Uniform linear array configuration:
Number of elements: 16
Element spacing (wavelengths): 0.25
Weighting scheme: uniform
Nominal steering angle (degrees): -45
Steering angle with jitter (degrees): -45.611
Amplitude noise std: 0.05
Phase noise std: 0.05

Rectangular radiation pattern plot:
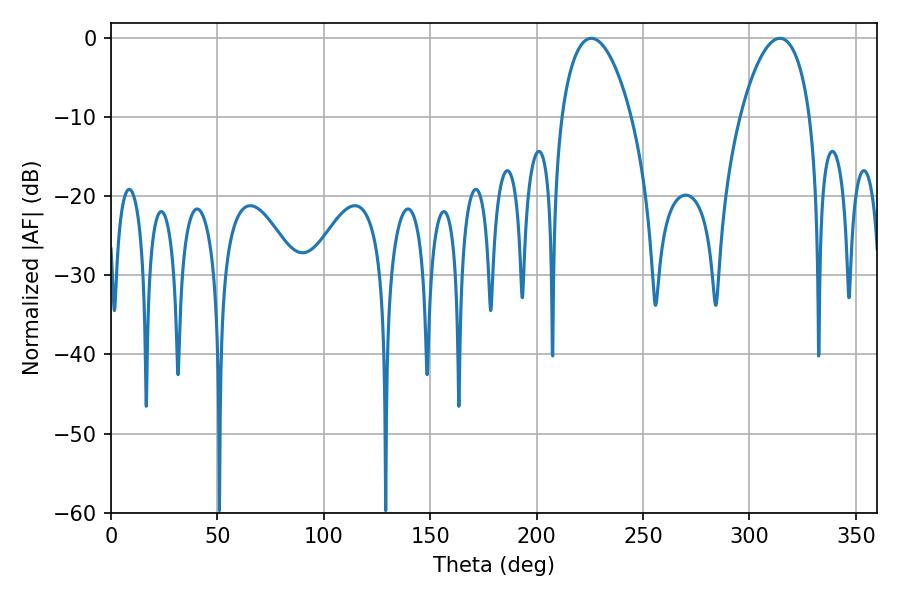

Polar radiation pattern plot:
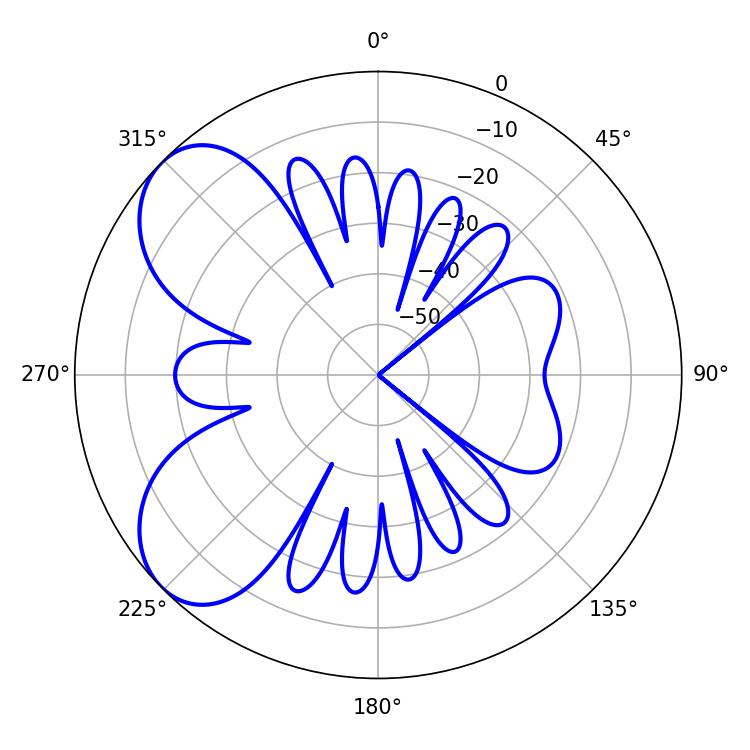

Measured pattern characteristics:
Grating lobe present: FALSE
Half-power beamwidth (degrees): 18.54
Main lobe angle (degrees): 314.28